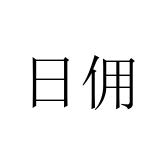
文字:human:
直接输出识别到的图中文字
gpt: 日佣